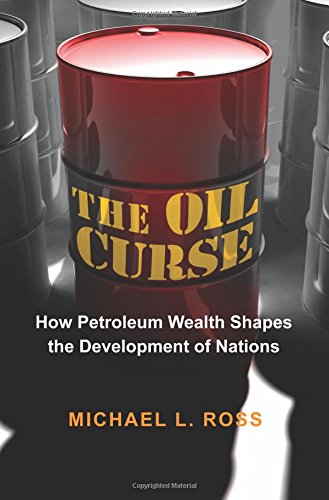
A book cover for The Oil Curse: How Petroleum Wealth Shapes the Development of Nations; Michael L. Ross; Business & Money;